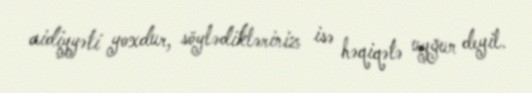
aidiyyəti yoxdur, söylədikləriniz isə həqiqətə uyğun deyil.